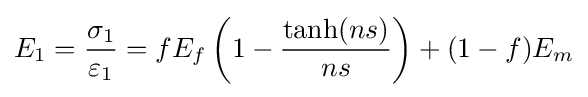
E_{1}={\frac {\sigma _{1}}{\varepsilon _{1}}}=fE_{f}\left(1-{\frac {\tanh(ns)}{ns}}\right)+(1-f)E_{m}